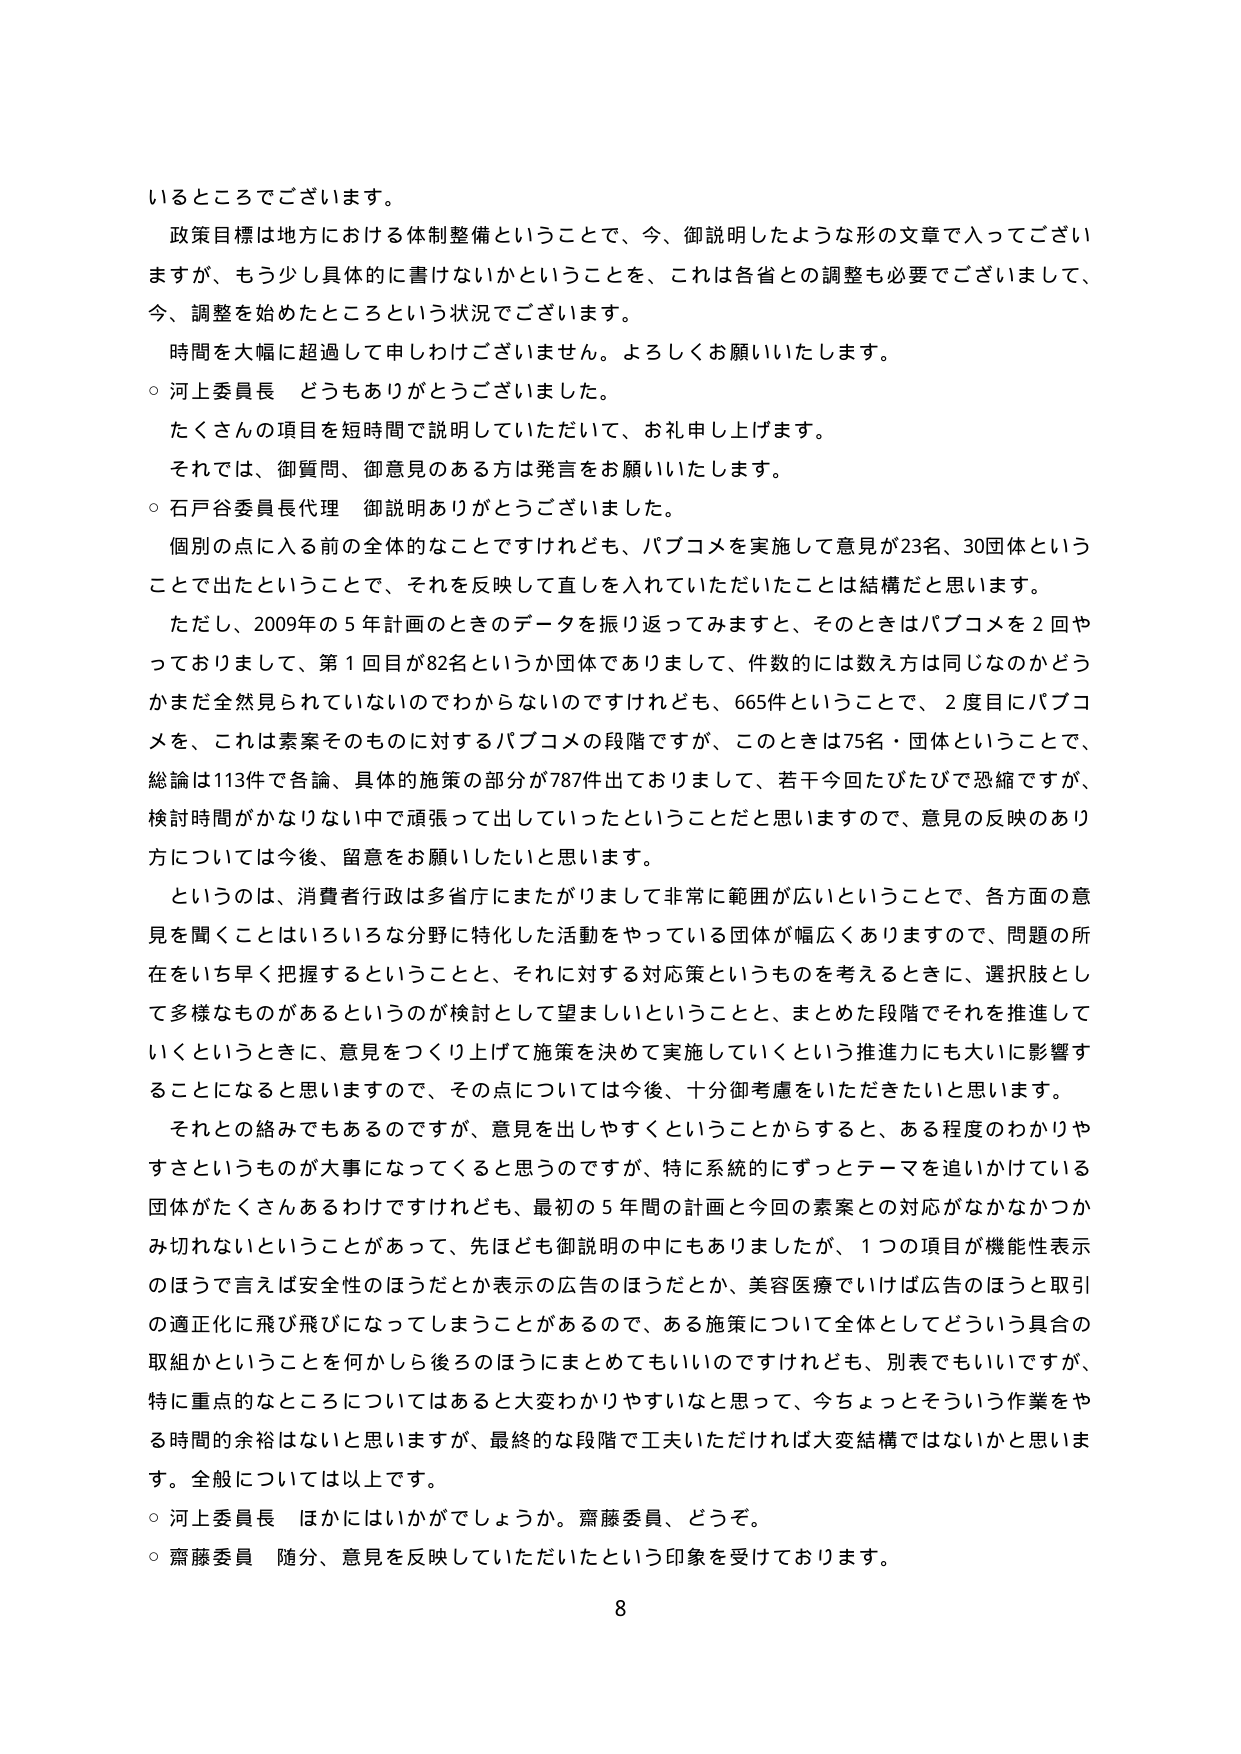
いるところでございます。

政策目標は地方における体制整備ということで、今、御説明したような形の文章に入ってございますが、もう少し具体的に書けないかということを、これは各省との調整も必要でございまして、今、調整を始めたところという状況でございます。

時間を大幅に超過して申しわけございません。よろしくお願いいたします。

○ 河上委員長 どうもありがとうございました。

たくさんの項目を短時間で説明していただいて、お礼申し上げます。

それでは、御質問、御意見のある方は発言をお願いいたします。

○ 石戸谷委員長代理 御説明ありがとうございました。

個別の点に入る前の全体的なことですけれども、パブコメを実施して意見が23名、30団体ということで出たということで、それを反映して直しを入れていただいたことは結構だと思います。

ただし、2009年の5年計画のときのデータを振り返ってみますと、そのときはパブコメを2回やっておりまして、第1回目が82名というか団体でありまして、件数的には数え方は同じなのかどうかまだ全然見られていないのでわからないのですけれども、665件ということで、2度目にパブコメを、これは素案そのものに対するパブコメの段階ですが、このときは75名・団体ということで、総論は113件で各論、具体的施策の部分が787件出ておりまして、若干今回たびたびで恐縮ですが、検討時間がかなりない中で頑張って出していったということだと思いますので、意見の反映のあり方については今後、留意をお願いしたいと思います。

というのは、消費者行政は多省庁にまたがりまして非常に範囲が広いということで、各方面の意見を聞くことはいろいろな分野に特化した活動をやっている団体が幅広くありますので、問題の所在をいち早く把握するということと、それに対する対応策というものを考えるときに、選択肢として多様なものがあるというのが検討として望ましいということと、まとめた段階でそれを推進していくというときに、意見をつくり上げて施策を決めて実施していくという推進力にも大いに影響することになると思いますので、その点については今後、十分御考慮いただきたいと思います。

それとの絡みでもあるのですが、意見を出しやすくということからすると、ある程度のわかりやすさというものが大事になってくると思うのですが、特に系統的にずっとテーマを追いかけている団体がたくさんあるわけですが、最初の5年間の計画と今回の素案との対応がなかなかみ切れないということがあって、先ほども御説明の中にもありましたが、1つの項目が機能性表示のほうで言えば安全性のほうだとか表示の広告のほうだとか、美容医療でいけば広告のほうと取引の適正化に飛び飛びになってしまうことがあるので、ある施策について全体としてどういう具合の取組かということを何かしら後ろのほうにまとめてもいいのですけれども、別表でもいいですが、特に重点的なところについてはあると大変わかりやすいなと思って、今ちょっとそういう作業をやる時間の余裕はないと思いますが、最終的な段階で工夫いただければ大変結構ではないかと思います。全般については以上です。

○ 河上委員長 ほかにはいかがでしょうか。齋藤委員、どうぞ。

○ 齋藤委員 随分、意見を反映していただいたという印象を受けております。

8